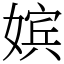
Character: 嫔